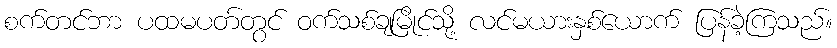
စက်တင်ဘာ ပထမပတ်တွင် ဝက်သစ်ချမြိုင်သို့ လင်မယားနှစ်ယောက် ပြန်ခဲ့ကြသည်။